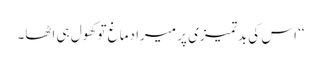
‘‘ اس کی بدتمیزی پر میرا دماغ تو کھول ہی اٹھا۔